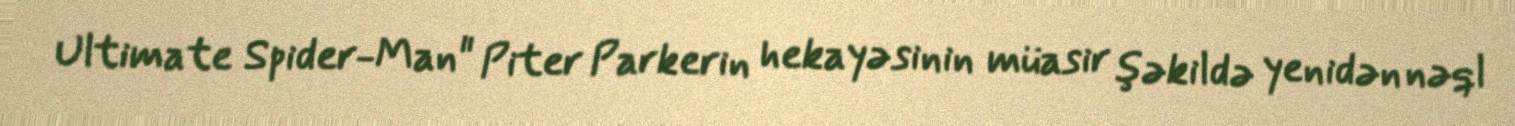
Ultimate Spider-Man" Piter Parkerin hekayəsinin müasir şəkildə yenidən nəql